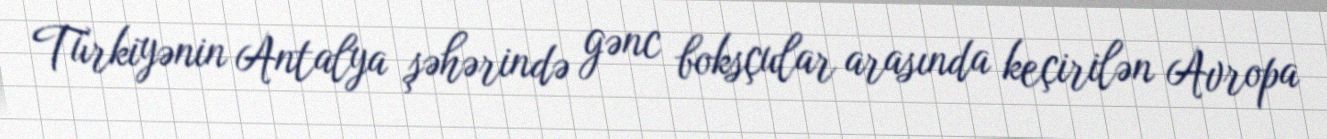
Türkiyənin Antalya şəhərində gənc boksçular arasında keçirilən Avropa